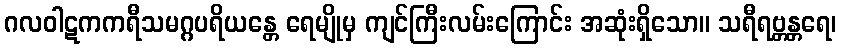
ဂလဝါဋကကရီသမဂ္ဂပရိယန္တေ ရေမျိုမှ ကျင်ကြီးလမ်းကြောင်း အဆုံးရှိသော။ သရီရဗ္တန္တရေ၊